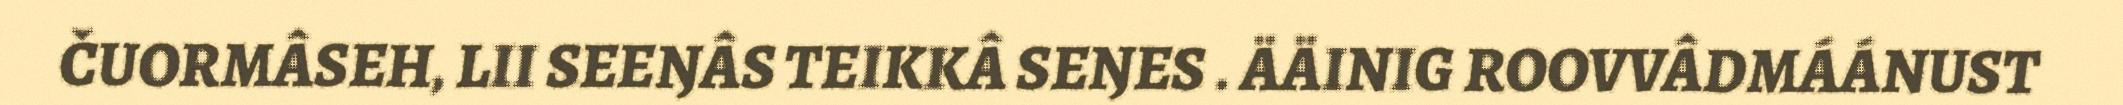
ČUORMÂSEH, LII SEEŊÂS TEIKKÂ SEŊES . ÄÄINIG ROOVVÂDMÁÁNUST